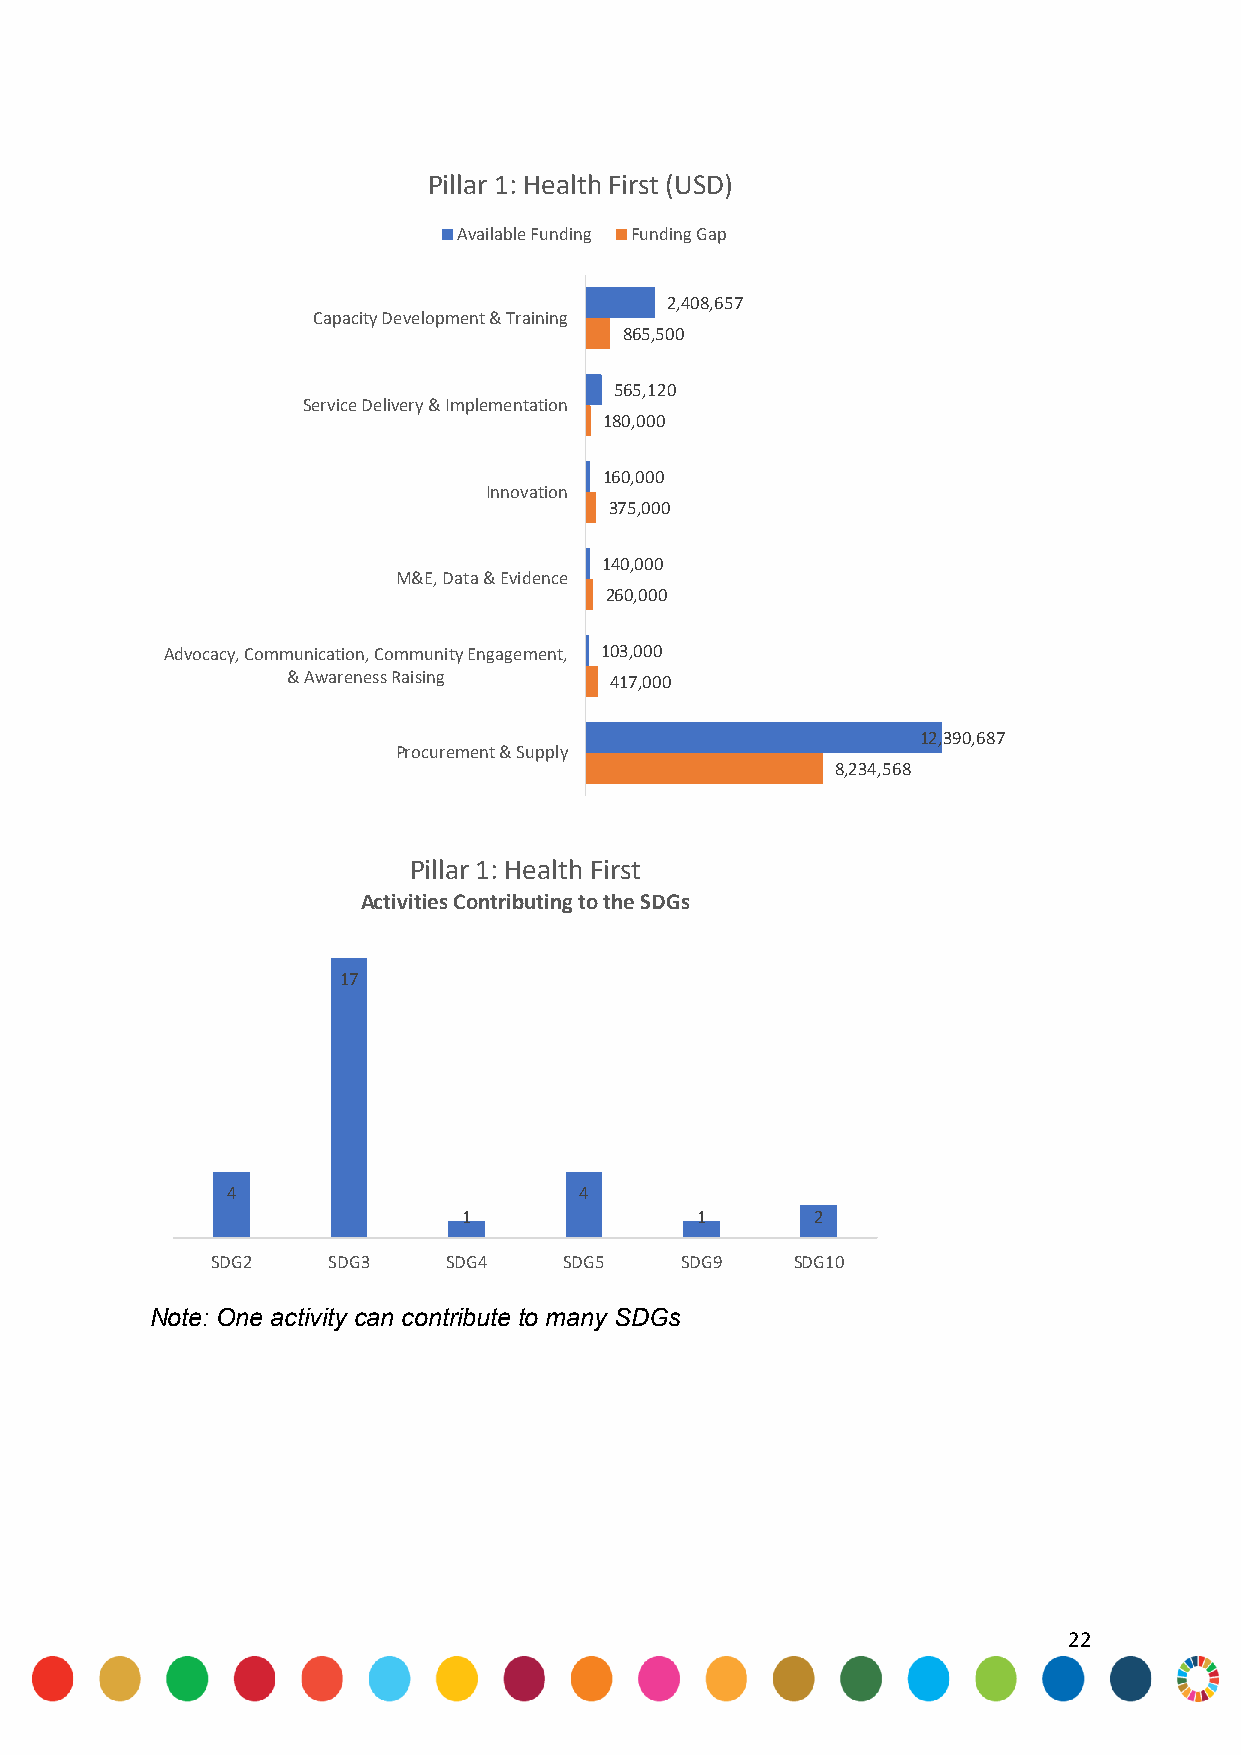
Pillar 1: Health First (USD)
 Available Funding Funding Gap
 2,408,657
 Capacity Development & Training
 865,500
 565,120
 Service Delivery & Implementation
 180,000
 160,000
 Innovation
 375,000
 140,000
 M&E, Data & Evidence
 260,000
 Advocacy, Communication, Community Engagement, 103,000
 & Awareness Raising  417,000
 12,390,687
 Procurement & Supply
 8,234,568
 Pillar 1: Health First
 Activities Contributing to the SDGs
 17
 4                      4
 1              1       2
 SDG2    SDG3    SDG4   SDG5    SDG9    SDG10
 Note: One activity can contribute to many SDGs
 22